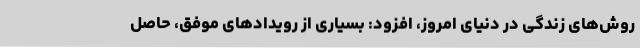
روش‌های زندگی در دنیای امروز، افزود: بسیاری از رویدادهای موفق، حاصل